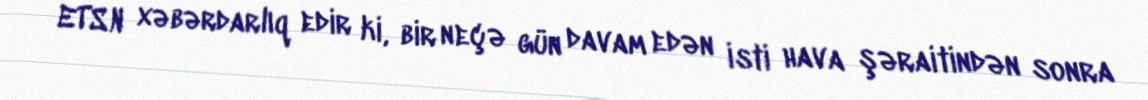
ETSN xəbərdarlıq edir ki, bir neçə gün davam edən isti hava şəraitindən sonra